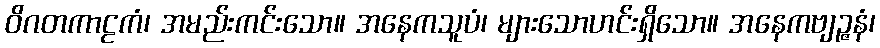
ဝိဂတကာဠကံ၊ အမည်းကင်းသော။ အနေကသူပံ၊ များသောဟင်းရှိသော။ အနေကဗျဉ္ဇနံ၊